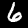
Digit: 6